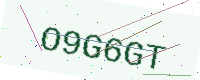
Text: O9G6GT